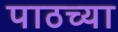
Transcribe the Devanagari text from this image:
पाठच्या